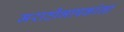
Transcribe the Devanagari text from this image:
मराठीभाषकांना